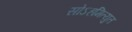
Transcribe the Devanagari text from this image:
सोऽहमित्युत